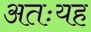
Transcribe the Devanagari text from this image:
अतःयह